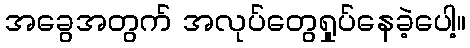
အခွေအတွက် အလုပ်တွေရှုပ်နေခဲ့ပေါ့။